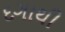
દગાથી